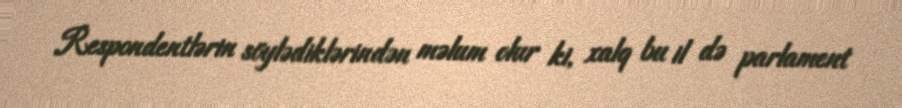
Respondentlərin söylədiklərindən məlum olur ki, xalq bu il də parlament